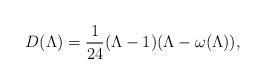
LaTeX: \begin{align*}D(\Lambda)=\frac{1}{24}(\Lambda-1)(\Lambda-\omega(\Lambda)),\end{align*}